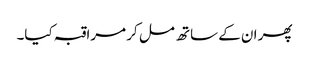
پھر ان کے ساتھ مل کر مراقبہ کیا۔